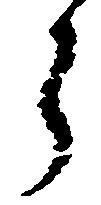
ら